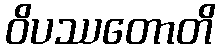
ဝိပဿတောတိ